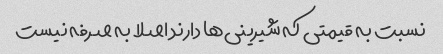
نسبت به قیمتی که شیرینی‌ها دارند اصلا به صرفه نیست